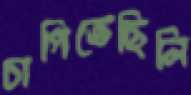
চাপিতেছিলি